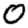
Digit: 0